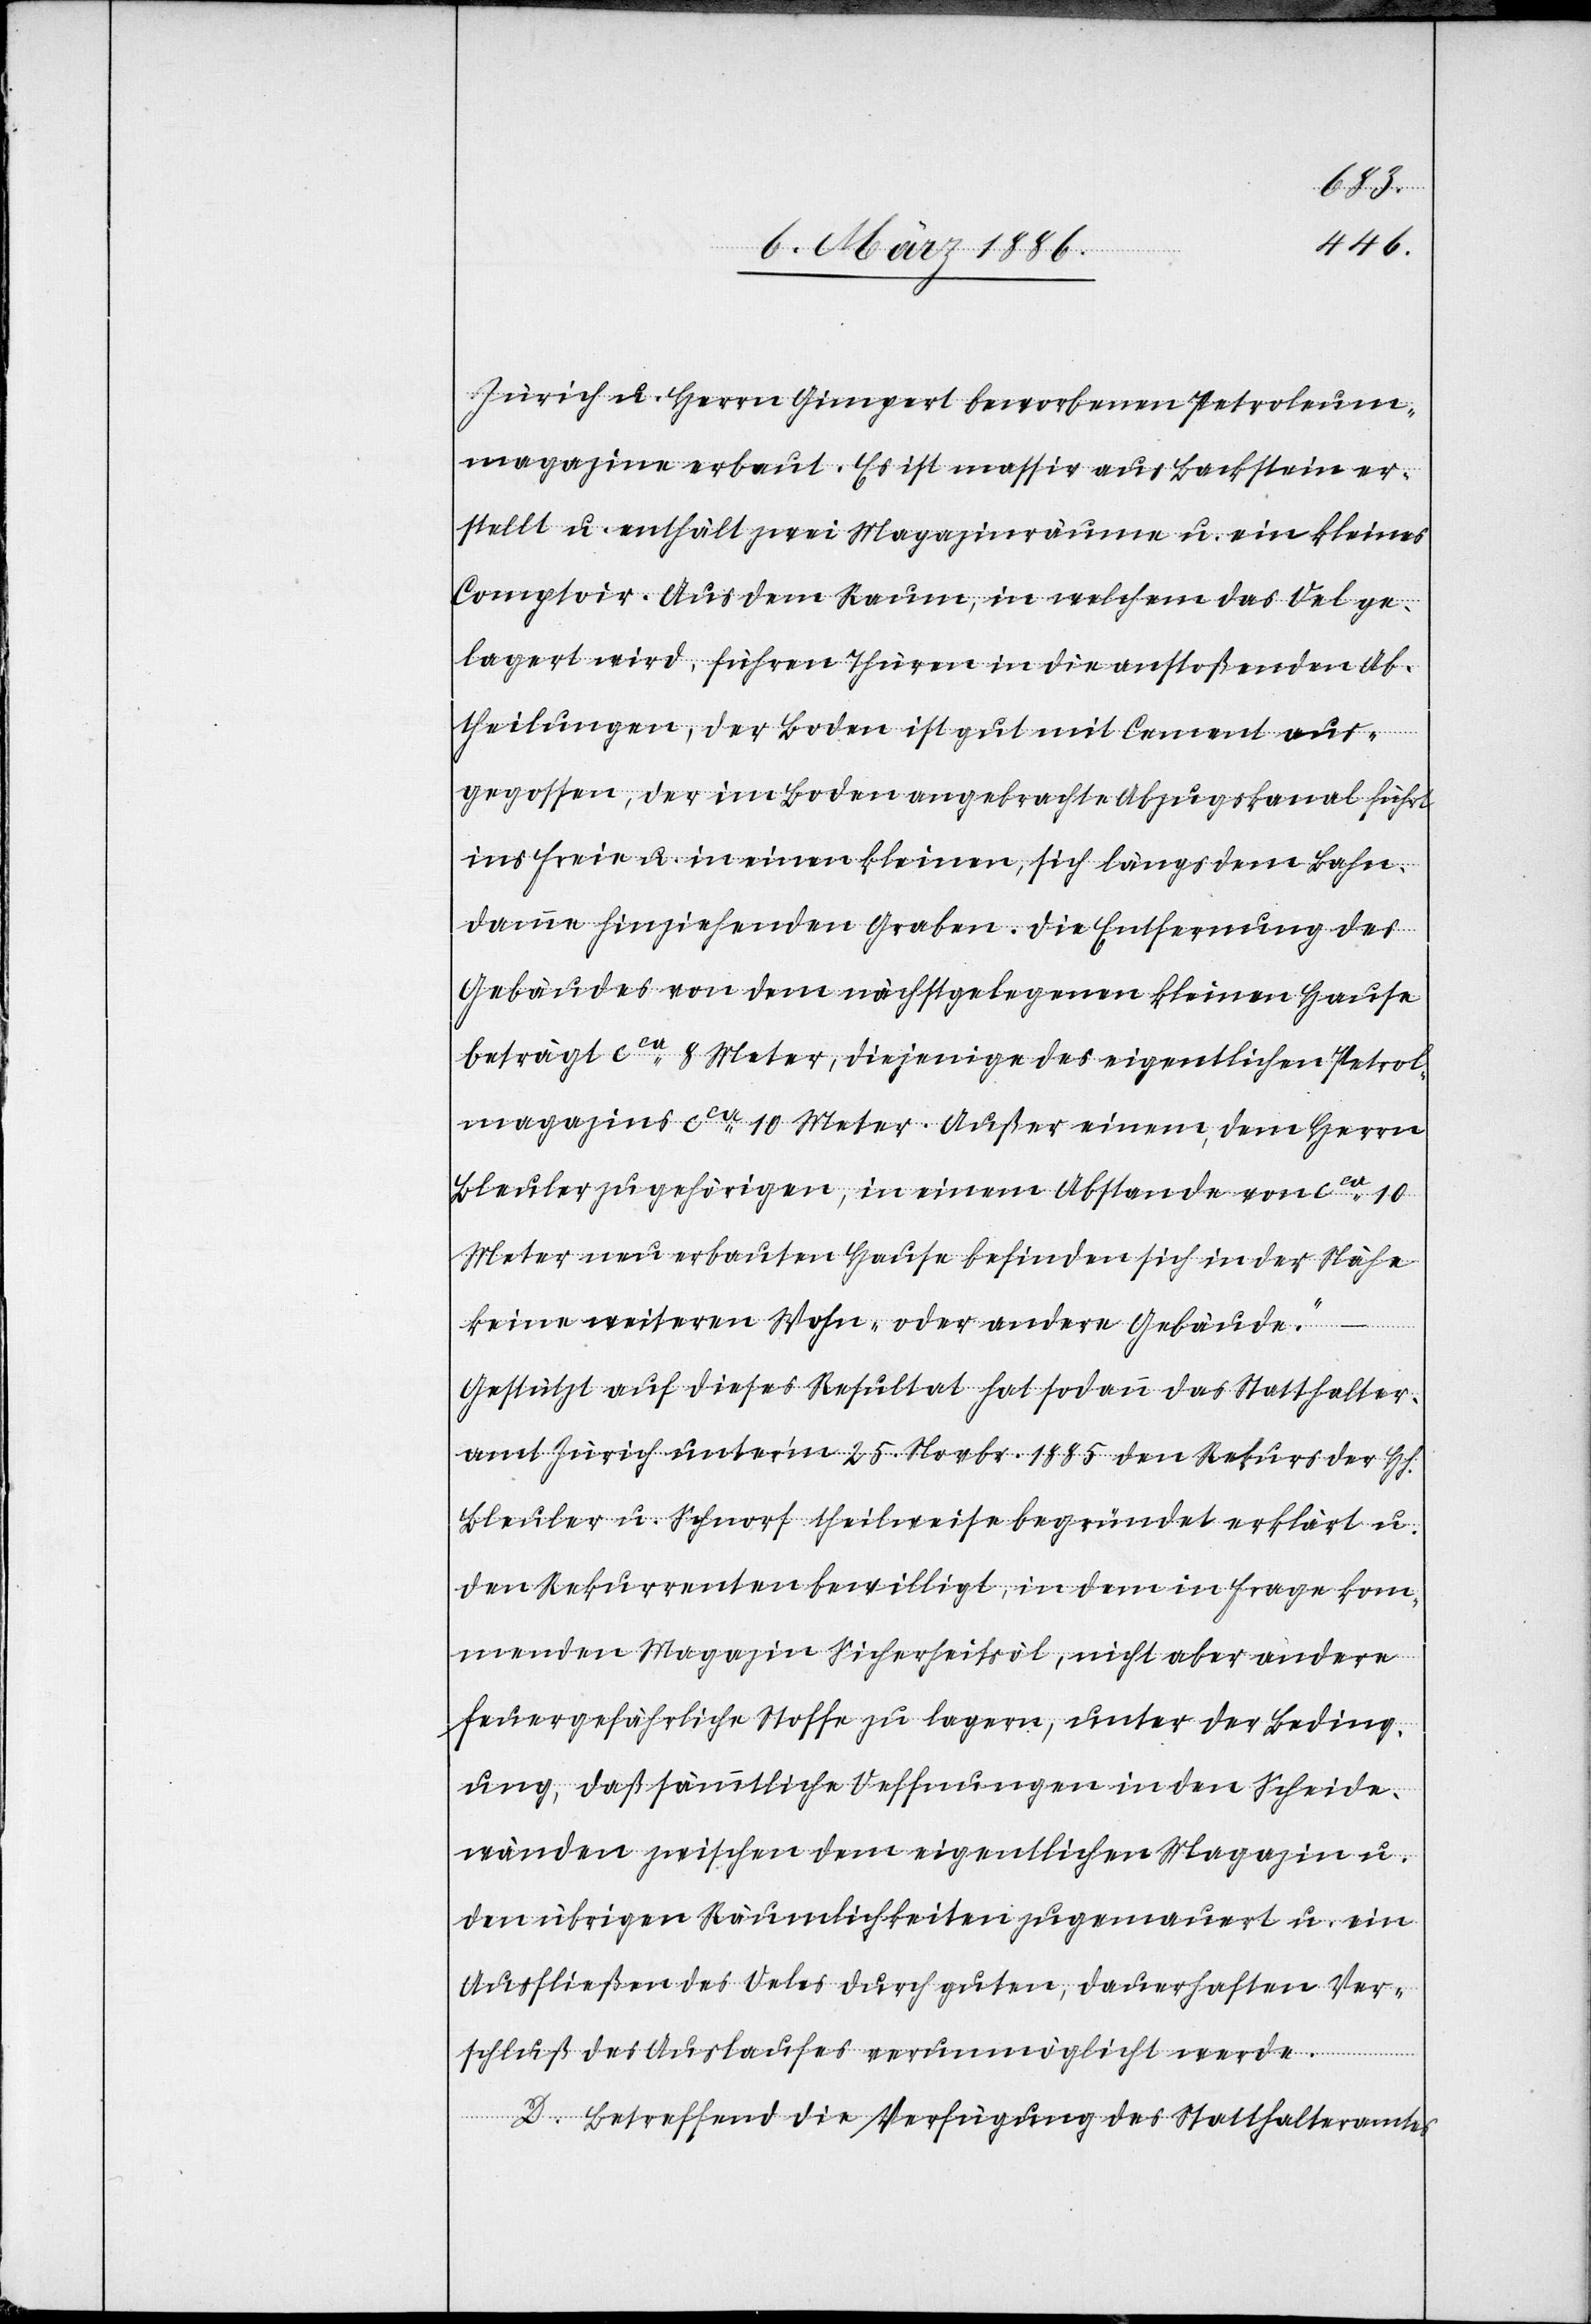
Zürich u. Herrn Gimpert beworbenen Petroleum¬
magazine erbaut. Es ist massiv aus Backstein er¬
stellt u. enthält zwei Magazinräume u. ein kleines
Comptoir. Aus dem Raum, in welchem das Oel ge¬
lagert wird, führen Thüren in die anstoßenden Ab¬
theilungen, der Boden ist gut mit Cement aus¬
gegossen, der im Boden angebrachte Abzugskanal führt
ins Freie u. in einen kleinen, sich längs dem Bahn¬
damme hinziehenden Graben. Die Entfernung des
Gebäudes von dem nächstgelegenen kleinen Hause
beträgt cca 8 Meter, diejenige des eigentlichen Petrol¬
magazines cca 10 Meter. Außer einem dem Herrn
Bleuler zugehörigen, in einem Abstande von cca 10
Meter neu erbauten Hause befinden sich in der Nähe
keine weitern Wohn- oder andere Gebäude.“
Gestützt auf dieses Resultat hat sodann das Statthalter¬
amt Zürich unter’m 25. Novbr. 1885 den Rekurs der Hh.
Bleuler u. Schnorf theilweise begründet erklärt u.
den Rekurrenten bewilligt, in dem in Frage kom¬
menden Magazine Sicherheitsöl, nicht aber andere
feuergefährliche Stoffe zu lagern, unter der Beding¬
ung, daß sämmtliche Oeffnungen in den Scheid¬
wänden zwischen dem eigentlichen Magazine u.
den übrigen Räumlichkeiten zugemauert u. ein
Ausfließen des Oeles durch guten, dauerhaften Ver¬
schluß des Auslaufes verunmöglicht werde.
D. Betreffend die Verfügung des Statthalteramtes